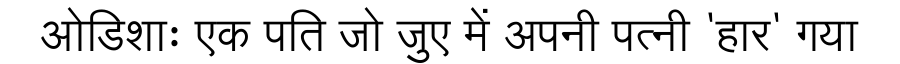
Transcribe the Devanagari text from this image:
ओडिशाः एक पति जो जुए में अपनी पत्नी 'हार' गया